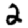
Digit: 2